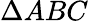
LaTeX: \Delta ABC